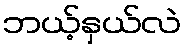
ဘယ့်နှယ်လဲ